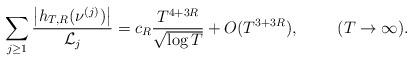
LaTeX: \begin{align*} \sum \limits_{j \geq 1} \frac{ \left|h_{T,R}(\nu^{(j)})\right|}{\mathcal{L}_j} = c_R \frac{T^{4+3R}}{\sqrt{\log T}} + O(T^{3+3R}), \ \ \ \ \ \ \ (T \rightarrow \infty). \end{align*}